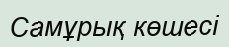
Самұрық көшесі